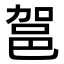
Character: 𮟶